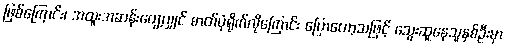
ဖြစ်ကြောင်း၊ အထူးအဆန်းတွေ့လျှင် ဓာတ်ပုံရိုက်လိုကြောင်း ပြောတော့သဖြင့် သွေးဆူနေသူနှစ်ဦးမှာ